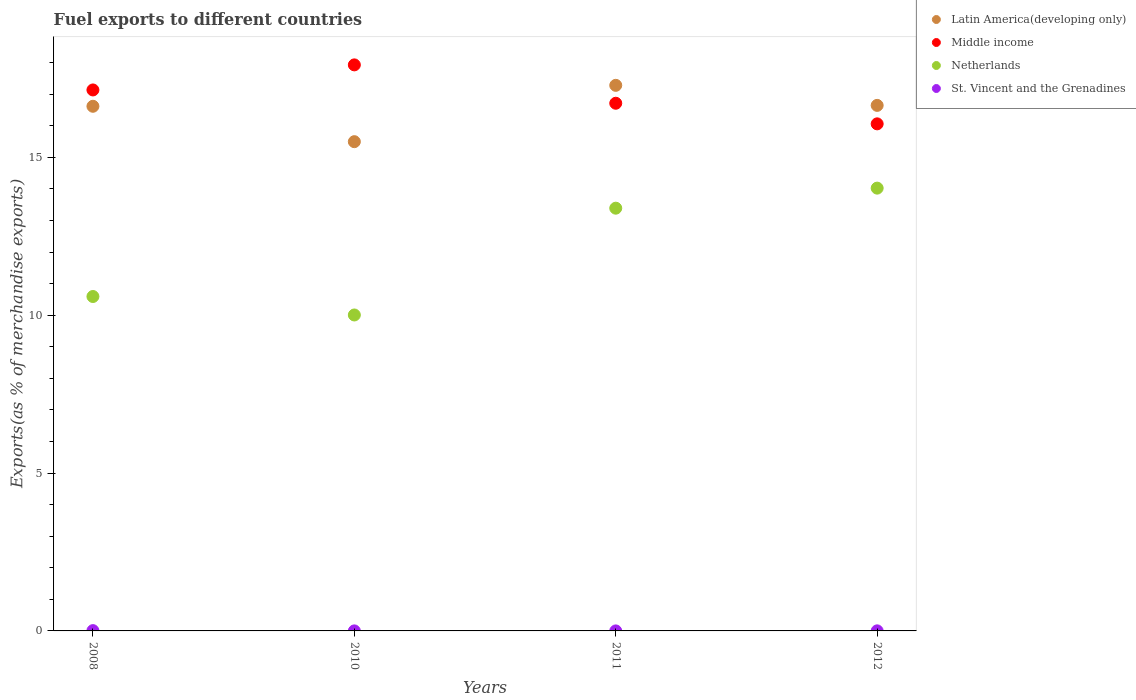
| Years | Latin America(developing only) | Middle income | Netherlands | St. Vincent and the Grenadines |
 | --- | --- | --- | --- | --- |
 | 2008 | 16.6 | 17.1 | 10.6 | 0.00922 |
 | 2010 | 15.5 | 17.9 | 10 | 0.000987 |
 | 2011 | 17.3 | 16.7 | 13.4 | 0.000403 |
 | 2012 | 16.6 | 16.1 | 14 | 0.00214 |